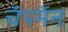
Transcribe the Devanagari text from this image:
चॅपमॅन